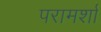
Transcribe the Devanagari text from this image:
परामर्शा